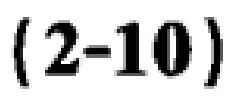
\((2 - 10)\)